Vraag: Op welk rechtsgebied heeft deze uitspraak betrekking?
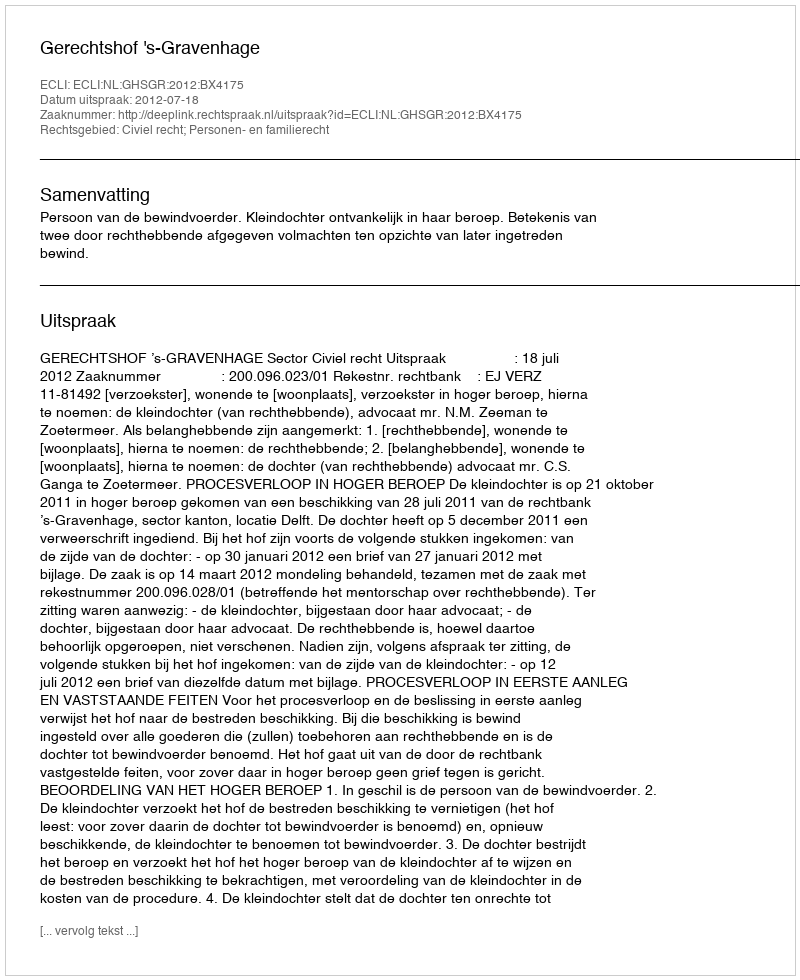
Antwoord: Civiel recht; Personen- en familierecht